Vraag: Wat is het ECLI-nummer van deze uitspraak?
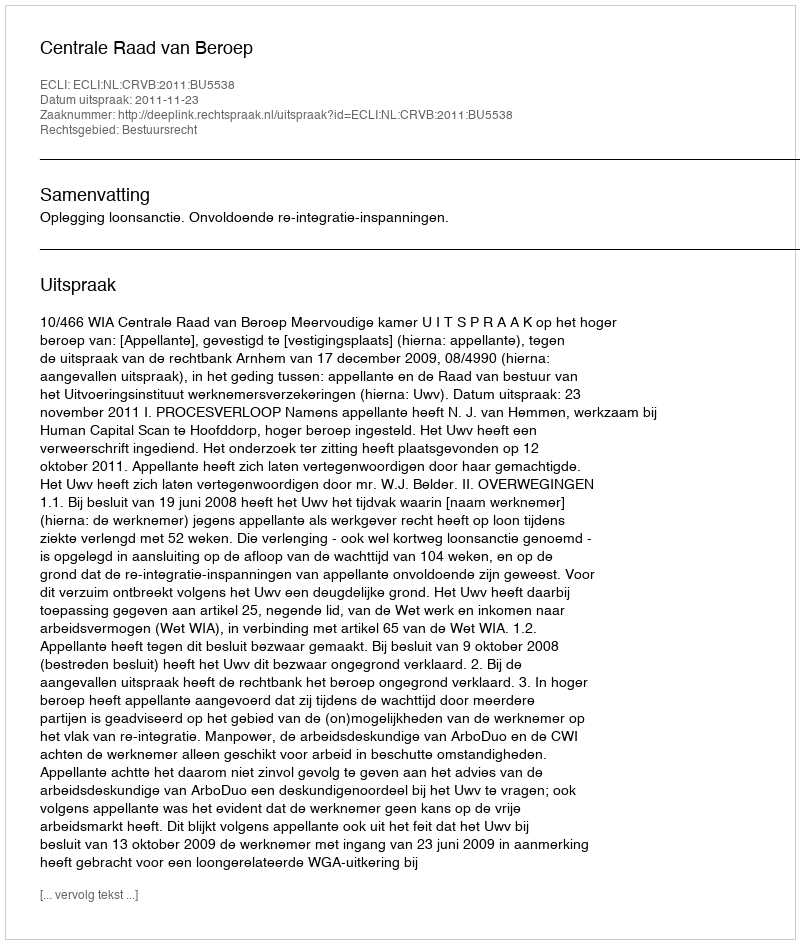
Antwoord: ECLI:NL:CRVB:2011:BU5538